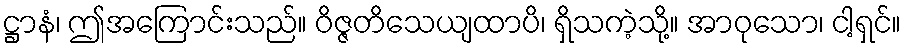
ဋ္ဌာနံ၊ ဤအကြောင်းသည်။ ဝိဇ္ဇတိသေယျထာပိ၊ ရှိသကဲ့သို့။ အာဝုသော၊ ငါ့ရှင်။